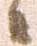
候